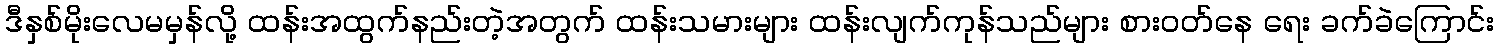
ဒီနှစ်မိုးလေမမှန်လို့ ထန်းအထွက်နည်းတဲ့အတွက် ထန်းသမားများ ထန်းလျက်ကုန်သည်များ စားဝတ်နေ ရေး ခက်ခဲကြောင်း